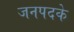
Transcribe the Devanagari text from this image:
जनपदके